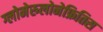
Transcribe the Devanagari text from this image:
ग्लोमेरुलोनेफ्रितिस